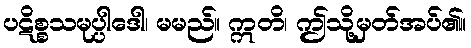
ပဋိစ္စသမုပ္ပါဒေါ၊ မမည်။ ဣတိ၊ ဤသို့မှတ်အပ်၏။